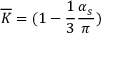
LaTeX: \overline { { { K } } } = ( 1 - \frac { 1 } { 3 } \frac { \alpha _ { s } } { \pi } )